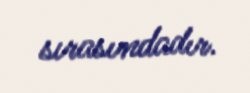
sırasındadır.